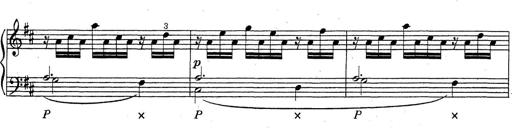
Title: ÄŒeskÃ© Sonatiny
Composer: Various